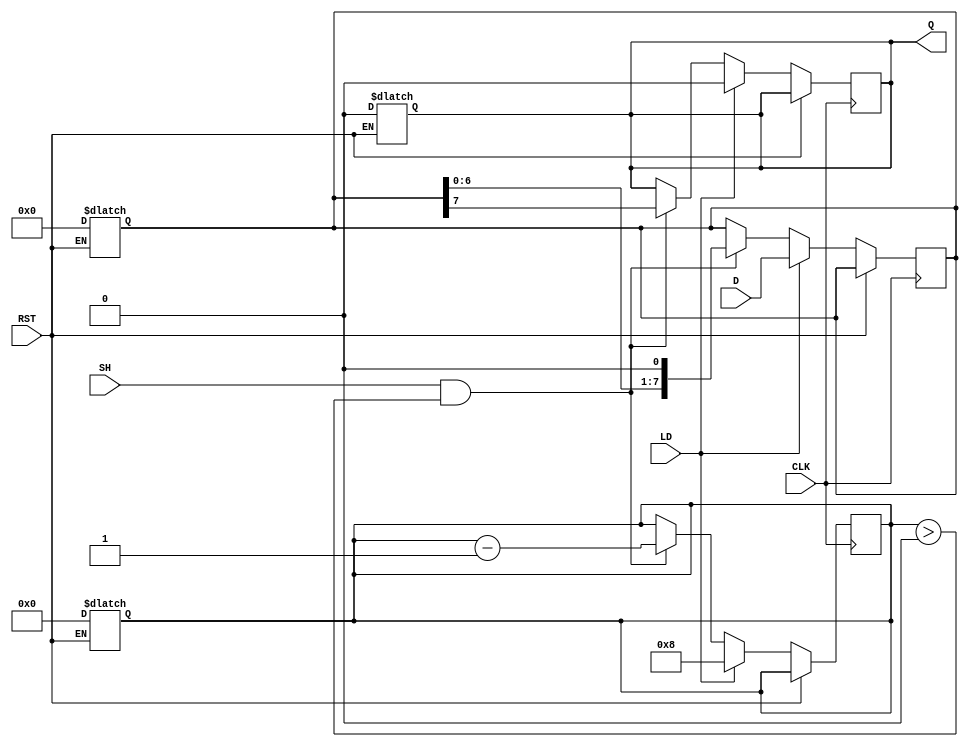
module PISO_Register #(
    parameter WIDTH = 8 // Configurable width of the input data
)(
    input  wire [WIDTH-1:0] D,   // Parallel input data lines
    input  wire LD,               // Load signal
    input  wire SH,               // Shift signal
    input  wire CLK,              // Clock signal
    input  wire RST,              // Reset signal
    output reg  Q                 // Serial output data line
);

    reg [WIDTH-1:0] shift_reg;    // Shift register to store the input data
    reg [3:0] bit_count;           // Count the number of bits shifted out
    reg shifting;                  // Indicate if shifting is in progress

    // Asynchronous reset
    always @* begin
        if (RST) begin
            shift_reg = {WIDTH{1'b0}}; // Clear the shift register
            Q = 1'b0;                 // Clear output
            bit_count = 4'b0;         // Reset bit count
            shifting = 1'b0;          // Reset shifting flag
        end
    end

    // Load data on rising edge of clock
    always @(posedge CLK) begin
        if (!RST) begin // Check for reset condition
            if (LD) begin
                shift_reg <= D;      // Load parallel data into shift register
                bit_count <= WIDTH;  // Set bit count to the width of the data
                Q <= 1'b0;           // Reset output
                shifting <= 1'b0;    // Reset shifting flag
            end
            else if (SH && bit_count > 0) begin
                Q <= shift_reg[WIDTH-1]; // Shift out the MSB
                shift_reg <= {shift_reg[WIDTH-2:0], 1'b0}; // Shift left
                bit_count <= bit_count - 1; // Decrement bit count
                shifting <= 1'b1; // Set shifting flag
            end
            else begin
                shifting <= 1'b0; // No shifting
            end
        end
    end

endmodule